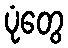
ပုံတွေ